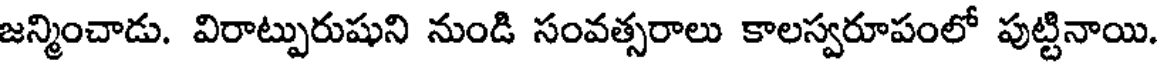
జన్మించాడు. విరాట్పురుషుని నుండి సంవత్సరాలు కాలస్వరూపంలో పుట్టినాయి.